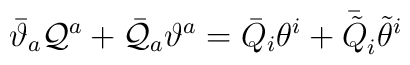
\bar{\vartheta}_{a}{\cal Q}^{a}+\bar{{\cal Q}}_{a}\vartheta^{a}=\bar{Q}_{i}\theta^{i}+\bar{\tilde{Q}}_{i}\tilde{\theta}^{i}